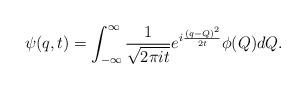
LaTeX: \begin{align*}\psi(q,t)=\int^{\infty}_{-\infty}{1 \over \sqrt{ 2 \pi it} } e^{i{ (q-Q)^2 \over 2t} } \phi(Q)dQ.\end{align*}